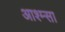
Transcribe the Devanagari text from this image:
आश्म्सा